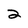
Character: 2